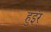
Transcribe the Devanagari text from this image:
हुइंर्